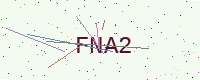
Text: FNA2